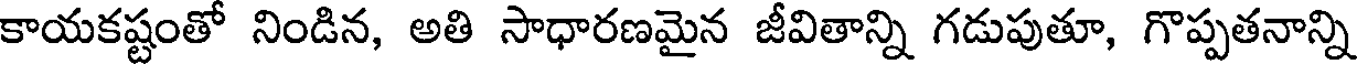
కాయకష్టంతో నిండిన, అతి సాధారణమైన జీవితాన్ని గడుపుతూ, గొప్పతనాన్ని